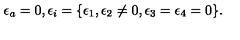
\epsilon _ { a } = 0 , \epsilon _ { i } = \{ \epsilon _ { 1 } , \epsilon _ { 2 } \not = 0 , \epsilon _ { 3 } = \epsilon _ { 4 } = 0 \} .